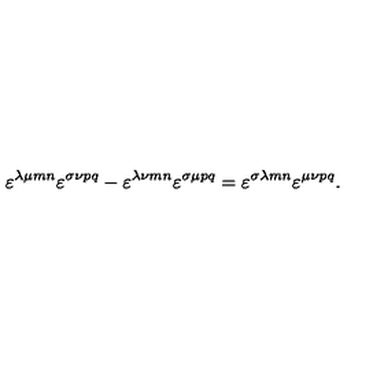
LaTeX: \varepsilon ^ { \lambda \mu m n } \varepsilon ^ { \sigma \nu p q } - \varepsilon ^ { \lambda \nu m n } \varepsilon ^ { \sigma \mu p q } = \varepsilon ^ { \sigma \lambda m n } \varepsilon ^ { \mu \nu p q } .